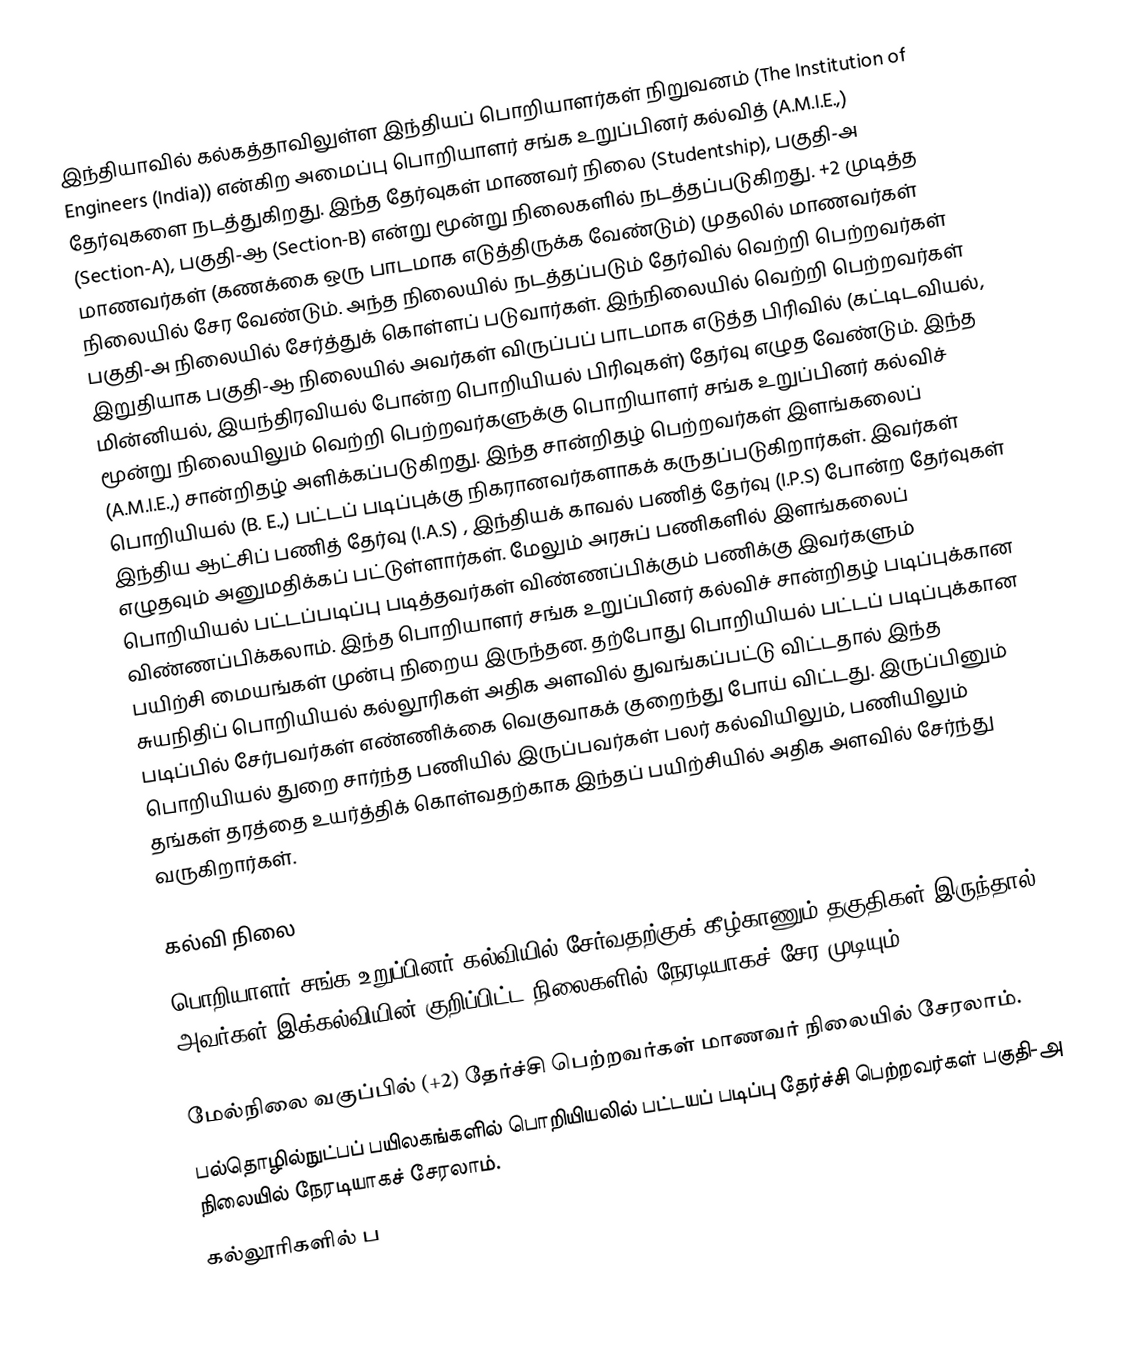
இந்தியாவில் கல்கத்தாவிலுள்ள இந்தியப் பொறியாளர்கள் நிறுவனம் (The Institution of Engineers (India)) என்கிற அமைப்பு பொறியாளர் சங்க உறுப்பினர் கல்வித் (A.M.I.E.,) தேர்வுகளை நடத்துகிறது. இந்த தேர்வுகள் மாணவர் நிலை (Studentship), பகுதி-அ (Section-A), பகுதி-ஆ (Section-B) என்று மூன்று நிலைகளில் நடத்தப்படுகிறது. +2 முடித்த மாணவர்கள் (கணக்கை ஒரு பாடமாக எடுத்திருக்க வேண்டும்) முதலில் மாணவர்கள் நிலையில் சேர வேண்டும். அந்த நிலையில் நடத்தப்படும் தேர்வில் வெற்றி பெற்றவர்கள் பகுதி-அ நிலையில் சேர்த்துக் கொள்ளப் படுவார்கள். இந்நிலையில் வெற்றி பெற்றவர்கள் இறுதியாக பகுதி-ஆ நிலையில் அவர்கள் விருப்பப் பாடமாக எடுத்த பிரிவில் (கட்டிடவியல், மின்னியல், இயந்திரவியல் போன்ற பொறியியல் பிரிவுகள்) தேர்வு எழுத வேண்டும். இந்த மூன்று நிலையிலும் வெற்றி பெற்றவர்களுக்கு பொறியாளர் சங்க உறுப்பினர் கல்விச் (A.M.I.E.,) சான்றிதழ் அளிக்கப்படுகிறது. இந்த சான்றிதழ் பெற்றவர்கள் இளங்கலைப் பொறியியல் (B. E.,) பட்டப் படிப்புக்கு நிகரானவர்களாகக் கருதப்படுகிறார்கள். இவர்கள் இந்திய ஆட்சிப் பணித் தேர்வு (I.A.S) , இந்தியக் காவல் பணித் தேர்வு (I.P.S) போன்ற தேர்வுகள் எழுதவும் அனுமதிக்கப் பட்டுள்ளார்கள். மேலும் அரசுப் பணிகளில் இளங்கலைப் பொறியியல் பட்டப்படிப்பு படித்தவர்கள் விண்ணப்பிக்கும் பணிக்கு இவர்களும் விண்ணப்பிக்கலாம். இந்த பொறியாளர் சங்க உறுப்பினர் கல்விச் சான்றிதழ் படிப்புக்கான பயிற்சி மையங்கள் முன்பு நிறைய இருந்தன. தற்போது பொறியியல் பட்டப் படிப்புக்கான சுயநிதிப் பொறியியல் கல்லூரிகள் அதிக அளவில் துவங்கப்பட்டு விட்டதால் இந்த படிப்பில் சேர்பவர்கள் எண்ணிக்கை வெகுவாகக் குறைந்து போய் விட்டது. இருப்பினும் பொறியியல் துறை சார்ந்த பணியில் இருப்பவர்கள் பலர்  கல்வியிலும், பணியிலும் தங்கள் தரத்தை உயர்த்திக் கொள்வதற்காக இந்தப் பயிற்சியில் அதிக அளவில் சேர்ந்து வருகிறார்கள்.

கல்வி நிலை
பொறியாளர் சங்க உறுப்பினர் கல்வியில் சேர்வதற்குக் கீழ்காணும் தகுதிகள் இருந்தால் அவர்கள் இக்கல்வியின் குறிப்பிட்ட நிலைகளில் நேரடியாகச் சேர முடியும்.

 மேல்நிலை வகுப்பில் (+2) தேர்ச்சி பெற்றவர்கள் மாணவர் நிலையில் சேரலாம்.
 பல்தொழில்நுட்பப் பயிலகங்களில் பொறியியலில் பட்டயப் படிப்பு தேர்ச்சி பெற்றவர்கள் பகுதி-அ நிலையில் நேரடியாகச் சேரலாம்.
 கல்லூரிகளில் ப